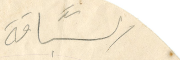
السبَّاقة